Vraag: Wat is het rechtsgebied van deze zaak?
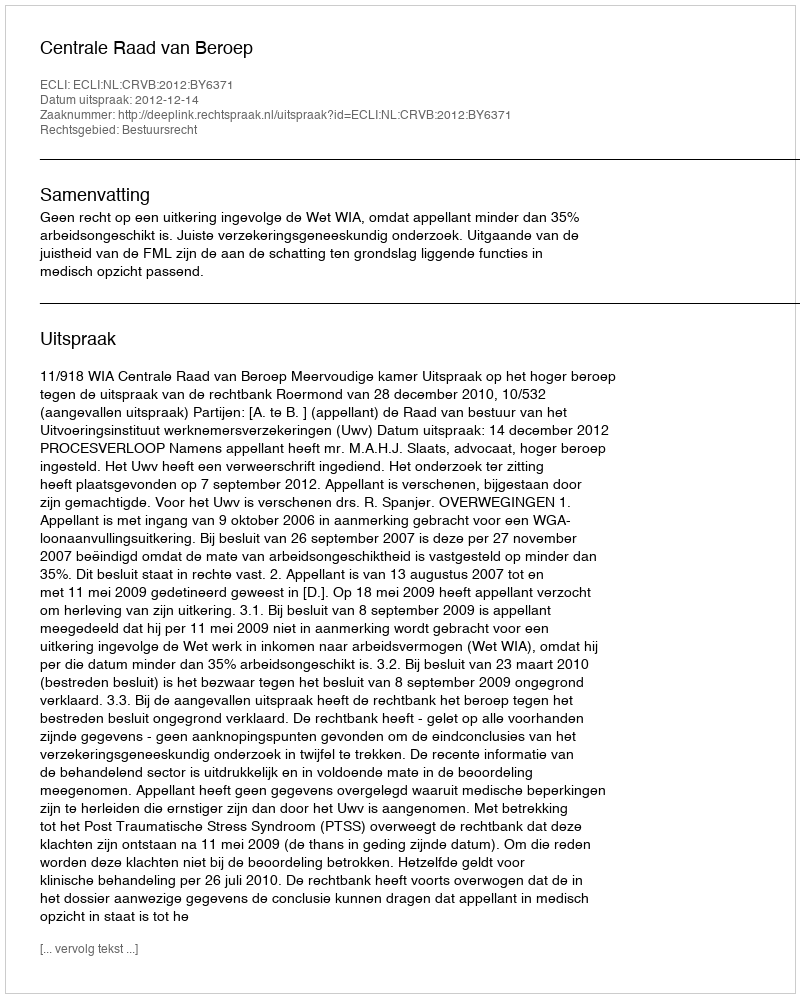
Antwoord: Bestuursrecht